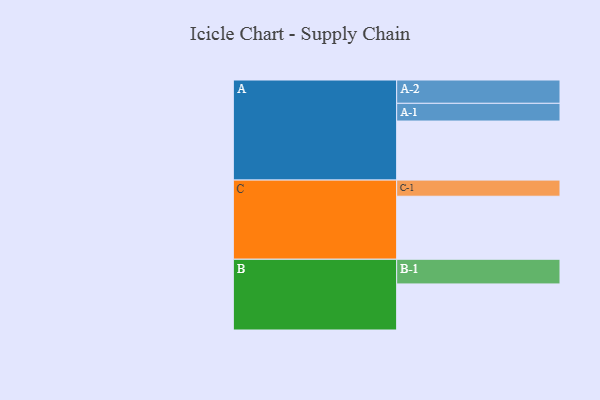
{"axis": {"x": "Segment", "y": "Value"}, "legend": ["", "A", "B", "C"], "data": [{"x": "A", "y": 519, "type": ""}, {"x": "B", "y": 405, "type": ""}, {"x": "C", "y": 554, "type": ""}, {"x": "A-1", "y": 156, "type": "A"}, {"x": "A-2", "y": 205, "type": "A"}, {"x": "B-1", "y": 217, "type": "B"}, {"x": "C-1", "y": 142, "type": "C"}]}